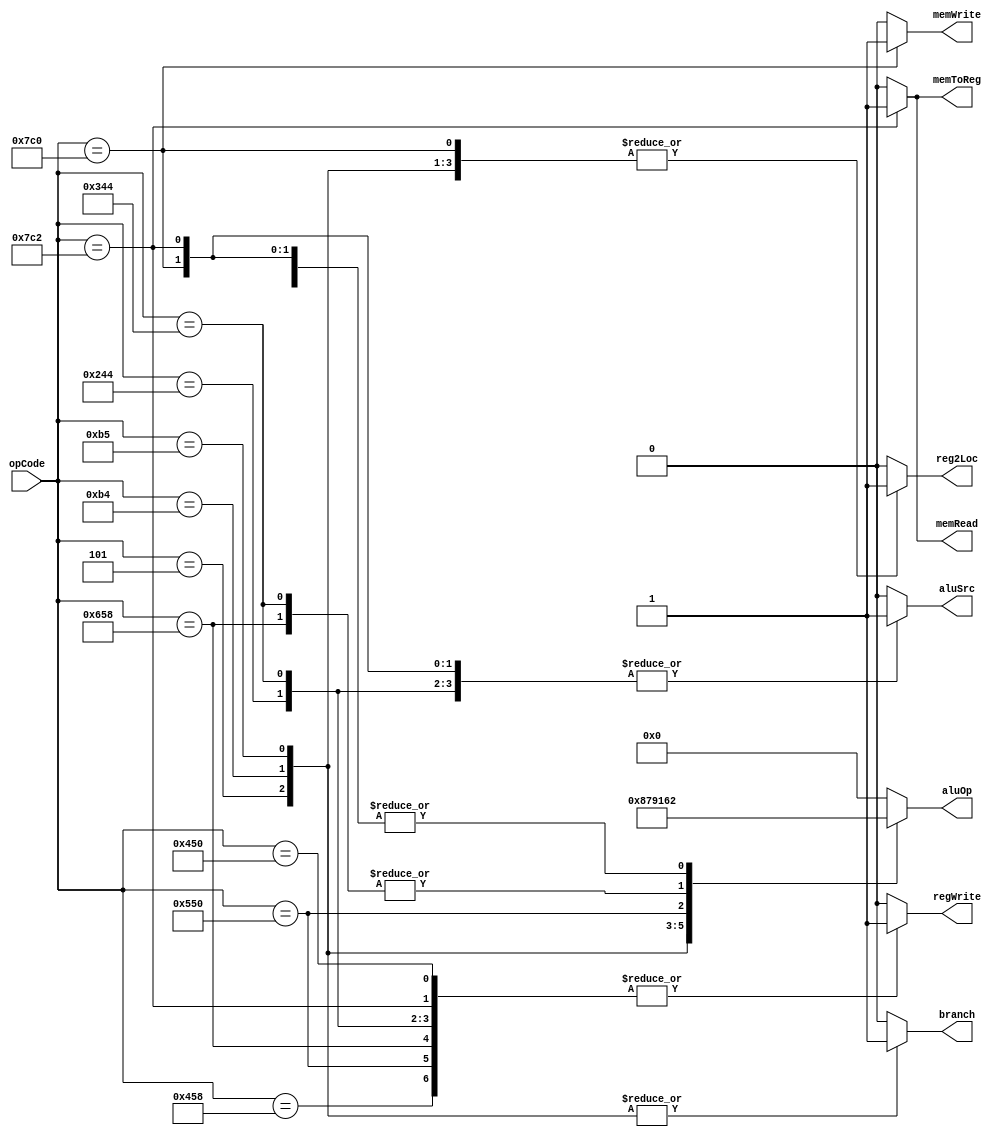
module controller(input [10:0]opCode, output reg [3:0]aluOp, output reg reg2Loc, branch, memRead, memToReg, memWrite, aluSrc, regWrite);
always @ * //begin
case(opCode)
	6'b000101:	begin 	
				aluOp = 4'b1000; //branch
				reg2Loc = 1;
				branch = 1;
				memRead = 0;
				memWrite = 0;
				memToReg = 0;
				aluSrc = 0;
				regWrite = 0;
			end
	11'b10001010000:	begin
				aluOp = 4'b0000; //and
				reg2Loc = 0;
				branch = 0;
				memRead = 0;
				memToReg = 0;
				memWrite = 0;
				aluSrc = 0;
				regWrite = 1;
			end
	11'b10001011000: 	begin
				aluOp = 4'b0010; //add
				reg2Loc = 0;
				branch = 0;
				memRead = 0;
				memToReg = 0;
				memWrite = 0;
				aluSrc = 0;
				regWrite = 1;
			end
	11'b01001000100: 	begin
				aluOp = 4'b0010; //addi
				reg2Loc = 0;
				branch = 0;
				memRead = 0;
				memToReg = 0;
				memWrite = 0;
				aluSrc = 1;
				regWrite = 1;
			end
	8'b10110100: 	begin
				aluOp = 4'b0111; //cbz
				reg2Loc = 1;
				branch = 1;
				memRead = 0;
				memWrite = 0;
				memToReg = 0;
				aluSrc = 0;
				regWrite = 0;
			end
	11'b00010110101: 	begin
				aluOp = 4'b1001; //cbnz
				reg2Loc = 1;
				branch = 1;
				memRead = 0;
				memWrite = 0;
				memToReg = 0;
				aluSrc = 0;
				regWrite = 0;
			end
	11'b10101010000: 	begin
				aluOp = 4'b0001; //or
				reg2Loc = 0;
				branch = 0;
				memRead = 0;
				memToReg = 0;
				memWrite = 0;
				aluSrc = 0;
				regWrite = 1;
			end
	11'b11001011000: 	begin
				aluOp = 4'b0110;//sub
				reg2Loc = 0;
				branch = 0;
				memRead = 0;
				memToReg = 0;
				memWrite = 0;
				aluSrc = 0;
				regWrite = 1;
			end
	10'b1101000100: 	begin
				aluOp = 4'b0110; //subi
				reg2Loc = 0;
				branch = 0;
				memRead = 0;
				memToReg = 0;
				memWrite = 0;
				aluSrc = 1;
				regWrite = 1;
			end
	11'b11111000000: 	begin
				aluOp = 4'b0010;//stur
				reg2Loc = 1;
				branch = 0;
				memRead = 0;
				memToReg = 0;
				memWrite = 1;
				aluSrc = 1;
				regWrite = 0;
			end
	11'b11111000010: 	begin
				aluOp = 4'b0010; //ldur
				reg2Loc = 0;
				branch = 0;
				memRead = 1;
				memToReg = 1;
				memWrite = 0;
				aluSrc = 1;
				regWrite = 1;
			end
	default: begin
				aluOp = 4'b0000; 
				reg2Loc = 0;
				branch = 0;
				memRead = 0;
				memToReg = 0;
				memWrite = 0;
				aluSrc = 0;
				regWrite = 0;
			end
endcase
//end
endmodule